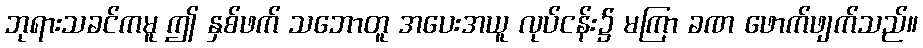
ဘုရားသခင်ကမူ ဤ နှစ်ဖက် သဘောတူ အပေးအယူ လုပ်ငန်း၌ မကြာ ခဏ ဖောက်ဖျက်သည်။